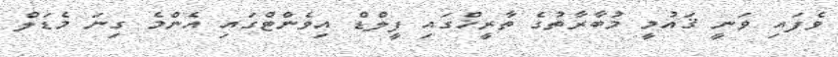
ވެފައި ވަނީ ޤައުމީ މުބާރާތުގެ ތާރީޚްގައި ފީލްޑް އިވެންޓްގައި އެންމެ ގިނަ މެޑަލް